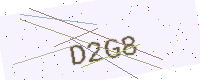
Text: D2G8